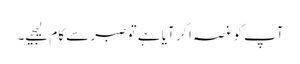
آپ کو غصہ اگر آیا ہے تو صبر سے کام لیجیے۔